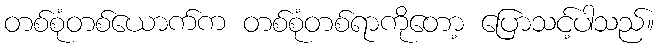
တစ်စုံတစ်ယောက်က တစ်စုံတစ်ရာကိုတော့ ပြောသင့်ပါသည်။